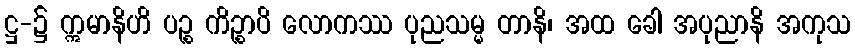
ဋ္ဌ-၌ ဣမာနိဟိ ပဉ္စ ကိဉ္စာပိ လောကဿ ပုညသမ္မ တာနိ၊ အထ ခေါ အပုညာနိ အကုသ